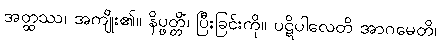
အတ္ထဿ၊ အကျိုး၏။ နိပ္ဖတ္တိံ၊ ပြီးခြင်းကို။ ပဋိပါလေတိ အာဂမေတိ၊